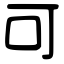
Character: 可